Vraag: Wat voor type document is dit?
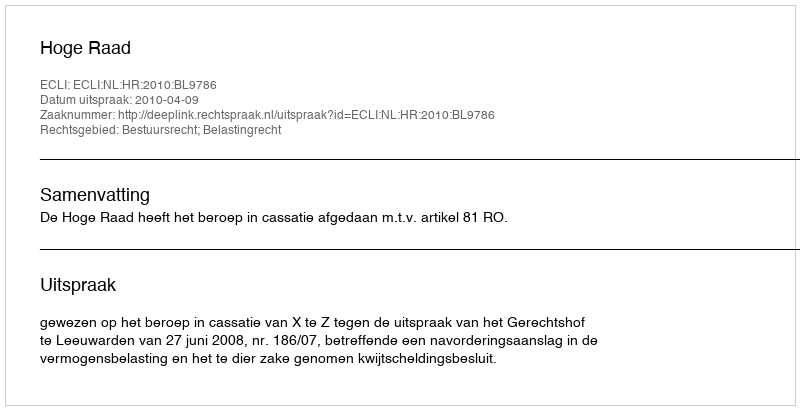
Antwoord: Uitspraak